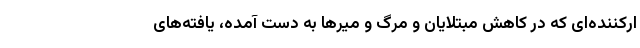
ارکننده‌ای که در کاهش مبتلایان و مرگ و میرها به دست آمده، یافته‌های